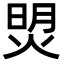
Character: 焽